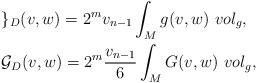
\begin{align*}\begin{aligned}& \mathcal{g}_{D}(v,w) = 2^{m} v_{n-1} \int _{M} g(v,w)~vol_{g},\\& \mathcal{G}_{D}(v,w) = 2^{m} \frac{v_{n-1}}{6} \int _{M} G(v,w)~vol_{g},\end{aligned}\end{align*}